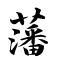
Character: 藩